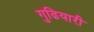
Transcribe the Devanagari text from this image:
गुढियारी